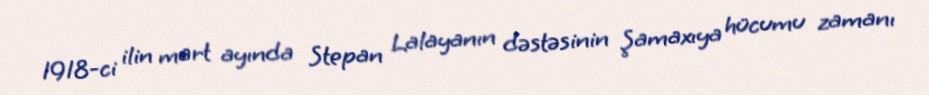
1918-ci ilin mart ayında Stepan Lalayanın dəstəsinin Şamaxıya hücumu zamanı